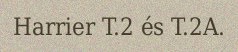
Harrier T.2 és T.2A.